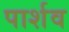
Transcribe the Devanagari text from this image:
पार्शव